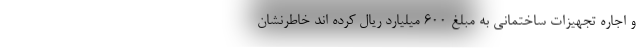
و اجاره تجهیزات ساختمانی به مبلغ ۶۰۰ میلیارد ریال کرده اند خاطرنشان